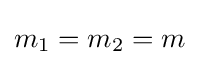
m_{1}=m_{2}=m